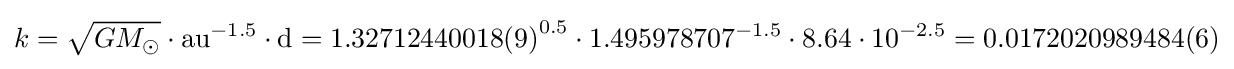
k={\sqrt {GM_{\odot }}}\cdot {\text{au}}^{-1.5}\cdot {\text{d}}={1.32712440018(9)}^{0.5}\cdot 1.495978707^{-1.5}\cdot 8.64\cdot 10^{-2.5}=0.0172020989484(6)